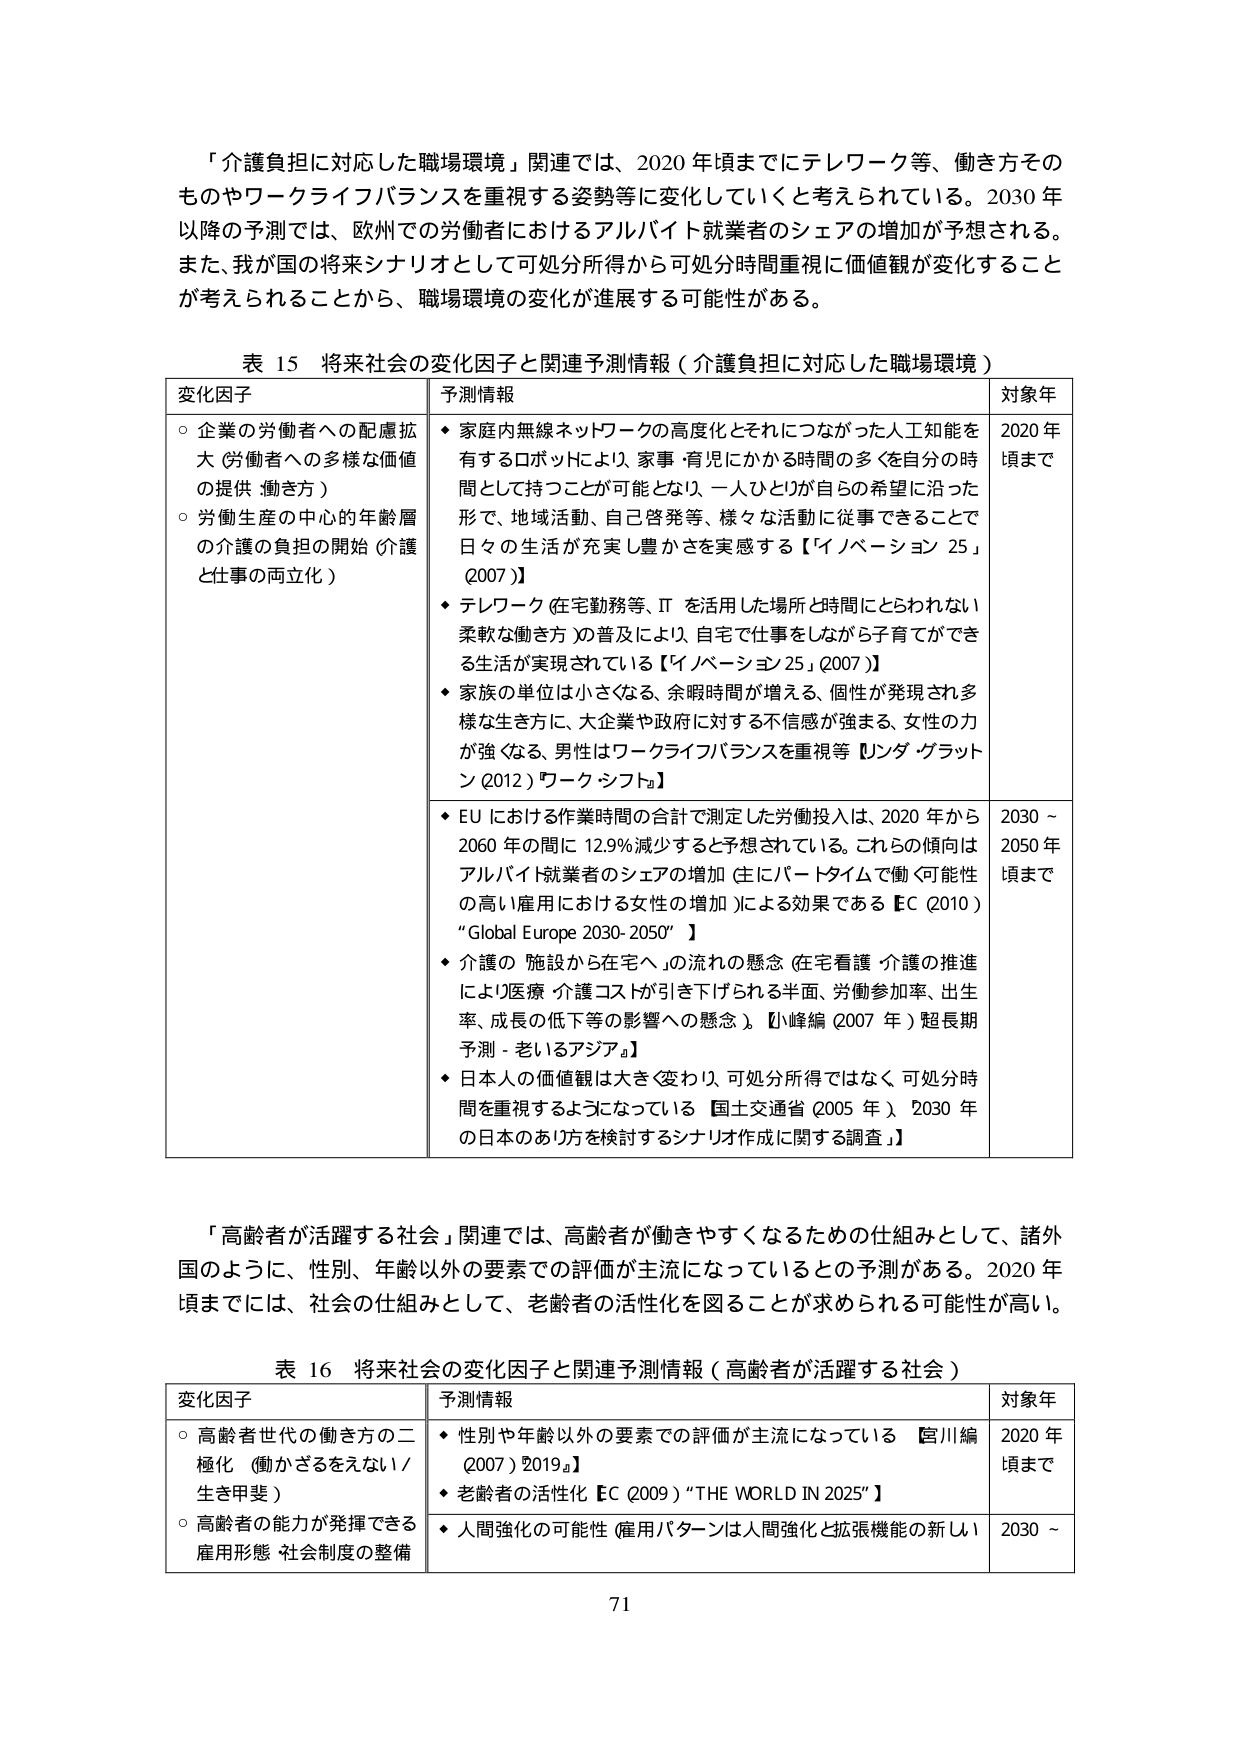
「介護負担に対応した職場環境」関連では、2020年頃までにテレワーク等、働き方そのものやワークライフバランスを重視する姿勢等に変化していくと考えられている。2030年以降の予測では、欧州での労働者におけるアルバイト就業者のシェアの増加が予想される。また、我が国の将来シナリオとして可処分所得から可処分時間重視に価値観が変化することが考えられることから、職場環境の変化が進展する可能性がある。

表 15 将来社会の変化因子と関連予測情報（介護負担に対応した職場環境）

変化因子
○ 企業の労働者への配慮拡大（労働者への多様な価値の提供・働き方）
○ 労働生産の中心的年齢層の介護の負担の開始（介護と仕事の両立化）

予測情報
◆ 家庭内無線ネットワークの高度化とそれにつながった人工知能を有するロボットにより、家事・育児にかかる時間の多くを自分の時間として持つことが可能となり、一人ひとりが自らの希望に沿った形で、地域活動、自己啓発等、様々な活動に従事できることで日々の生活が充実し豊かさを実感する【イノベーション 25」(2007)】
◆ テレワーク（在宅勤務等、ITを活用した場所と時間にとらわれない柔軟な働き方）の普及により、自宅で仕事をしながら子育てができる生活が実現されている【イノベーション 25」(2007)】
◆ 家族の単位は小さくなる、余暇時間が増える、個性が発現され多様な生き方に、大企業や政府に対する不信感が強まる、女性の力が強くなる、男性はワークライフバランスを重視等【ンダ・グラットン (2012) ワーク・シフト】
◆ EUにおける作業時間の合計で測定した労働投入は、2020年から2060年の間に12.9％減少すると予想されている。これらの傾向はアルバイト就業者のシェアの増加（主にパートタイムで働く可能性の高い雇用における女性の増加）による効果である【EC (2010) “Global Europe 2030-2050”】
◆ 介護の施設から在宅への流れの懸念（在宅看護・介護の推進により医療・介護コストが引き下げられる半面、労働参加率、出生率、成長の低下等の影響への懸念）【小峰編 (2007年) 超長期予測－老いるアジア】
◆ 日本人の価値観は大きく変わり、可処分所得ではなく、可処分時間を重視するようになっている【国土交通省 (2005年) 2030年の日本のおい方を検討するシナリオ作成に関する調査】

対象年
2020年頃まで
2030～2050年頃まで

「高齢者が活躍する社会」関連では、高齢者が働きやすくなるための仕組みとして、諸外国のように、性別、年齢以外の要素での評価が主流になっているとの予測がある。2020年頃までには、社会の仕組みとして、老齢者の活性化を図ることが求められる可能性が高い。

表 16 将来社会の変化因子と関連予測情報（高齢者が活躍する社会）

変化因子
○ 高齢者世代の働き方の二極化（働かざるをえない／生き甲斐）
○ 高齢者の能力が発揮できる雇用形態・社会制度の整備

予測情報
◆ 性別や年齢以外の要素での評価が主流になっている【宮川編 (2007) 2019a】
◆ 老齢者の活性化【EC (2009) “THE WORLD IN 2025”】
◆ 人間強化の可能性（雇用パターンは人間強化と拡張機能の新しい

対象年
2020年頃まで
2030～

71